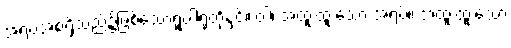
အရပ်အစရှိသည်၌ဖြစ်သောရူပါရုံတို့နှင့်။ ဝါ၊ အထူးထူးသော အရပ်။ အထူးထူးသော